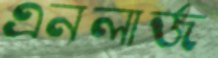
এনলার্জ